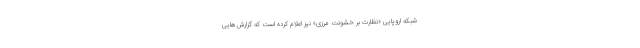
شبکه اروپایی «نظارت بر خشونت مرزی» نیز اعلام کرده است که گزارش‌هایی